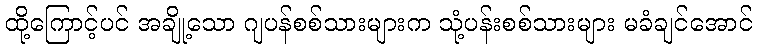
ထို့ကြောင့်ပင် အချို့သော ဂျပန်စစ်သားများက သုံ့ပန်းစစ်သားများ မခံချင်အောင်